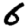
Digit: 6